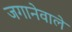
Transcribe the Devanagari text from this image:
जगानेवाले